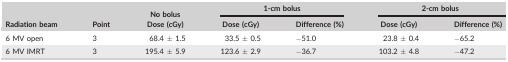
<table><thead><tr><td rowspan="2"><b>Radiation beam</b></td><td rowspan="2"><b>Point</b></td><td><b>No bolus</b></td><td colspan="2"><b>1‐cm bolus</b></td><td colspan="2"><b>2‐cm bolus</b></td></tr><tr><td><b>Dose (cGy)</b></td><td><b>Dose (cGy)</b></td><td><b>Difference (%)</b></td><td><b>Dose (cGy)</b></td><td><b>Difference (%)</b></td></tr></thead><tbody><tr><td>6 MV open</td><td>3</td><td>68.4 ± 1.5</td><td>33.5 ± 0.5</td><td>−51.0</td><td>23.8 ± 0.4</td><td>−65.2</td></tr><tr><td>6 MV IMRT</td><td>3</td><td>195.4 ± 5.9</td><td>123.6 ± 2.9</td><td>−36.7</td><td>103.2 ± 4.8</td><td>−47.2</td></tr></tbody></table>